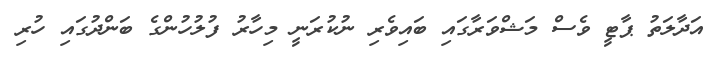
އަދާލަތު ޕާޓީ ވެސް މަޝްވަރާގައި ބައިވެރި ނުކުރަނީ މިހާރު ފުލުހުންގެ ބަންދުގައި ހުރި